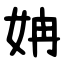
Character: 姌